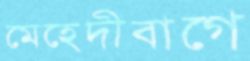
মেহেদীবাগে